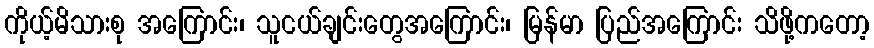
ကိုယ့်မိသားစု အကြောင်း၊ သူငယ်ချင်းတွေအကြောင်း၊ မြန်မာ ပြည်အကြောင်း သိဖို့ကတော့